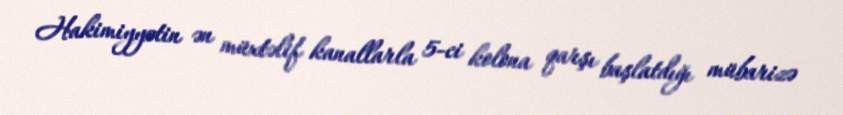
Hakimiyyətin ən müxtəlif kanallarla 5-ci kolona qarşı başlatdığı mübarizə